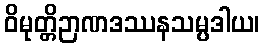
ဝိမုတ္တိဉာဏဒဿနသမ္ပဒါယ၊